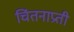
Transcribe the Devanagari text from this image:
चिंतनाप्रती